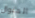
المنوال